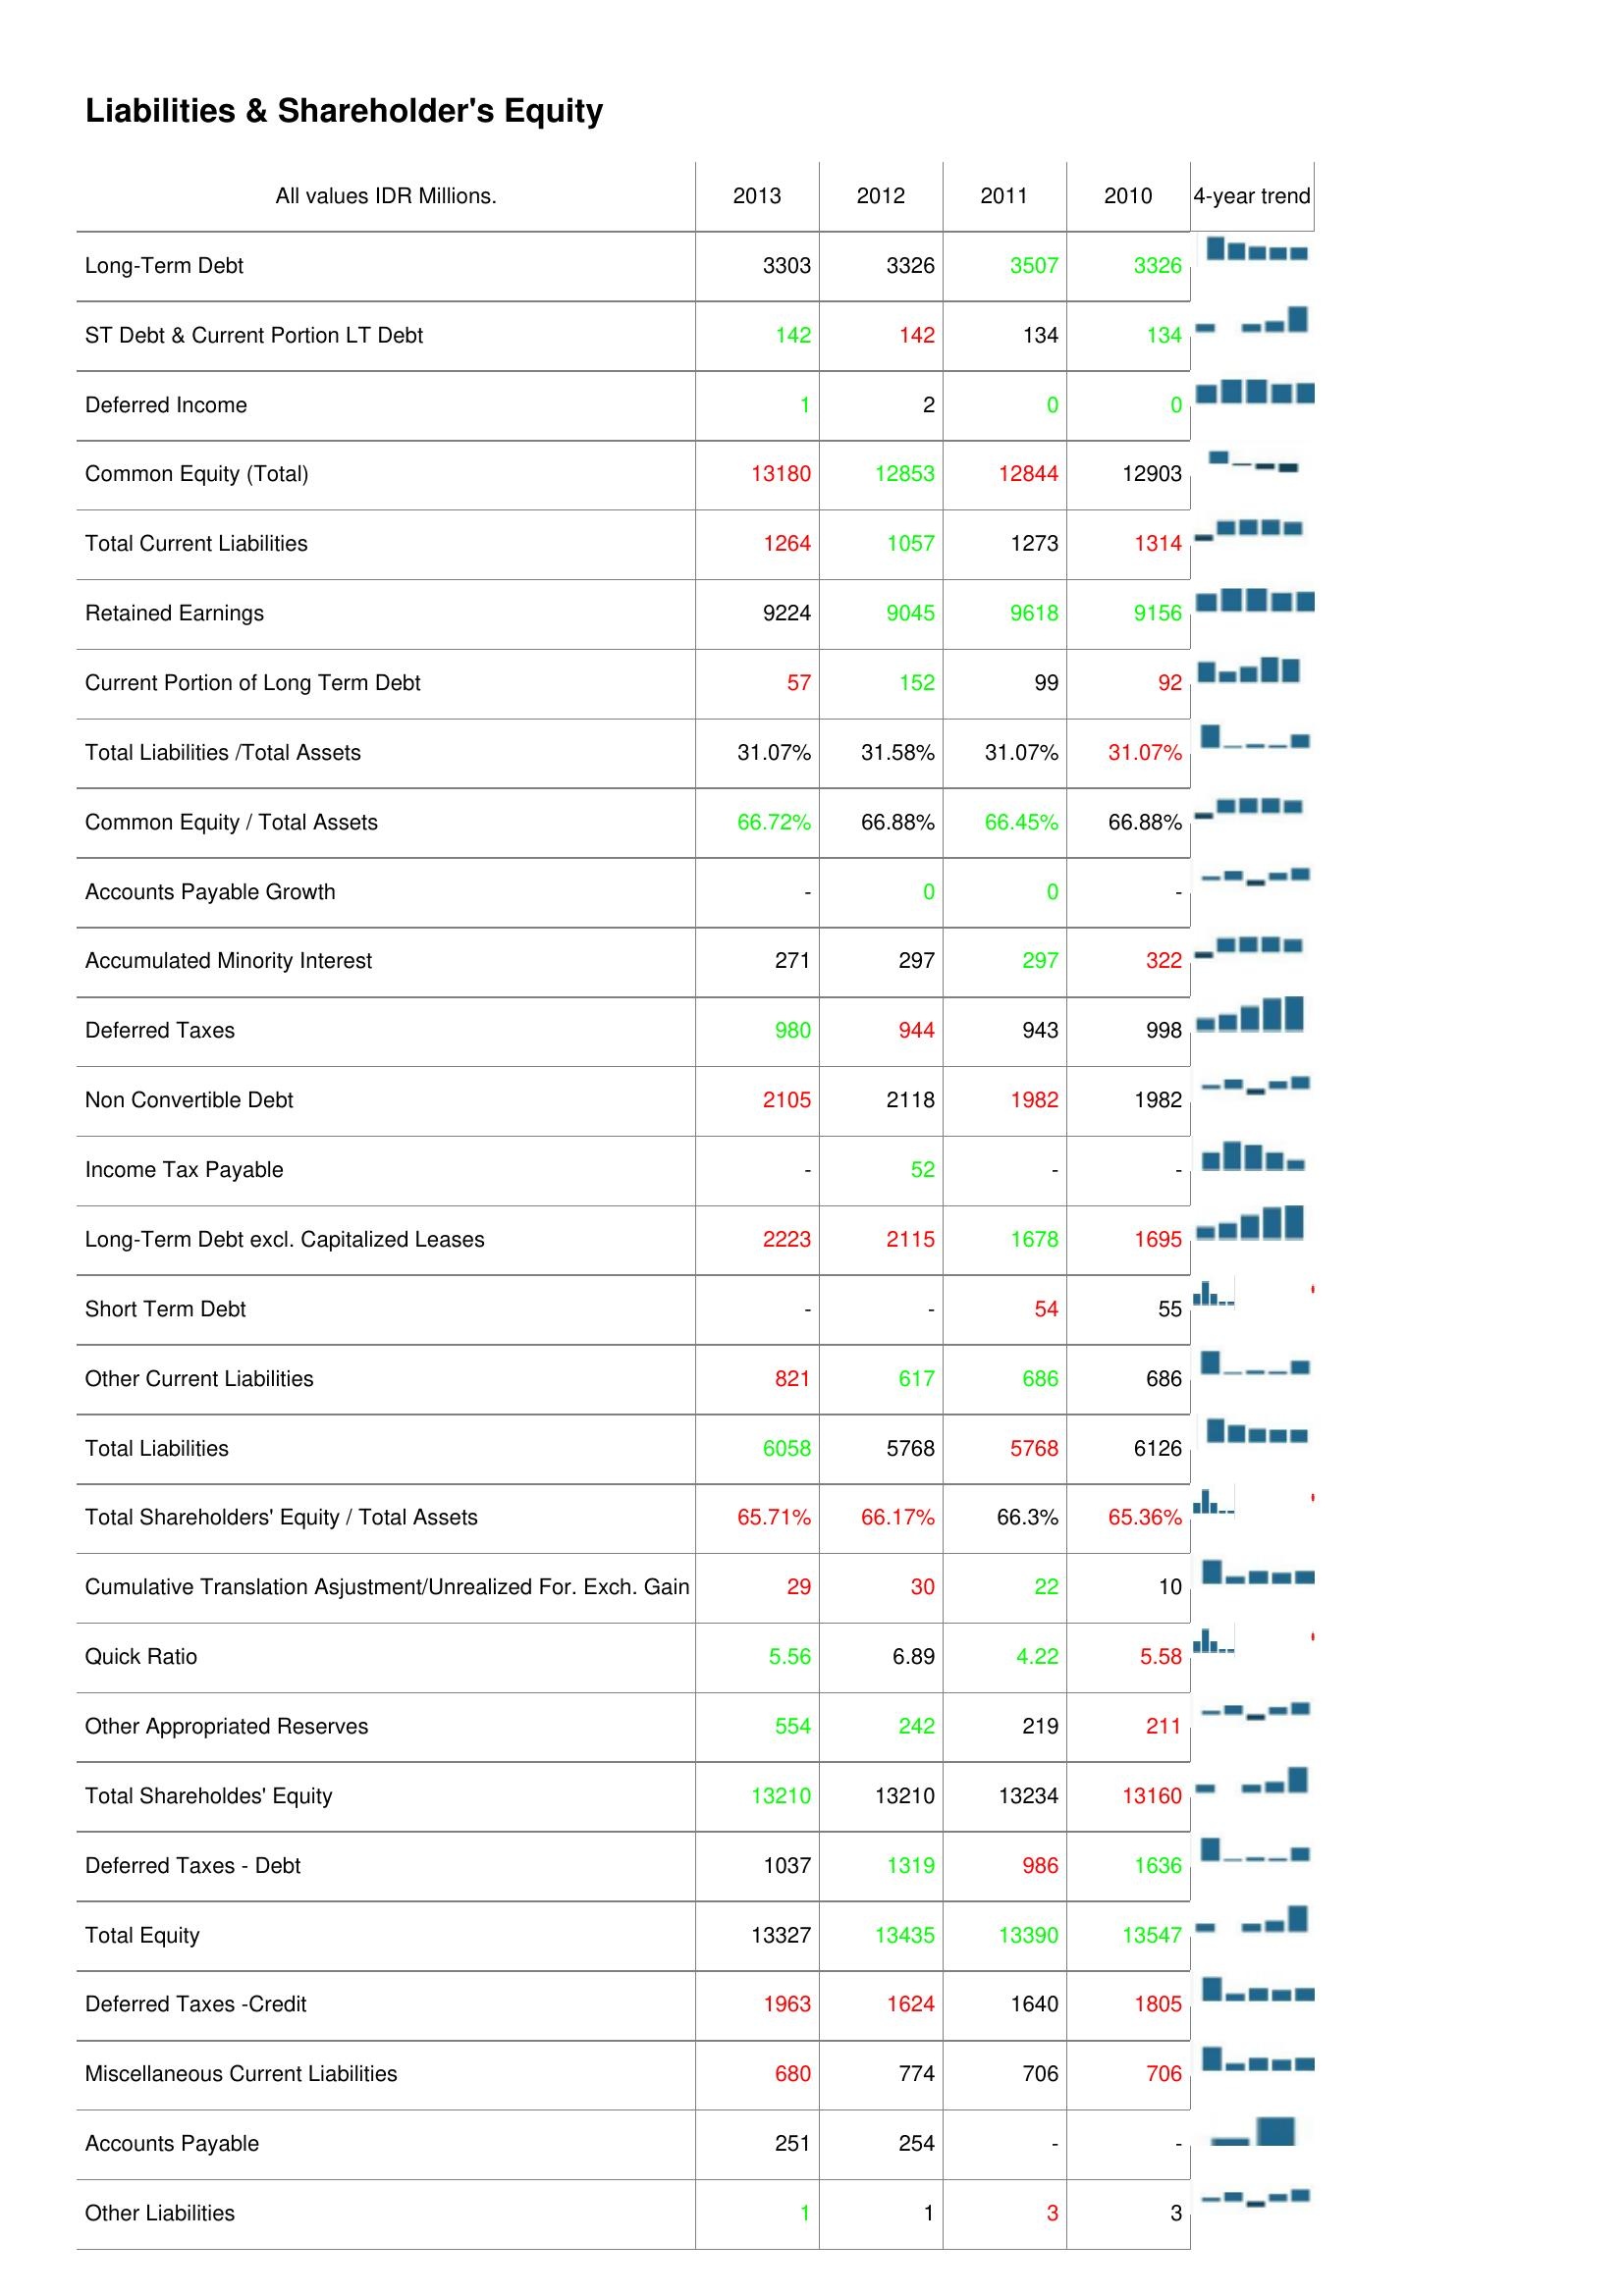
2013: Liabilities & Shareholder's Equity: Long-Term Debt: 3303
ST Debt & Current Portion LT Debt: 142
Deferred Income: 1
Common Equity (Total): 13180
Total Current Liabilities: 1264
Retained Earnings: 9224
Current Portion of Long Term Debt: 57
Total Liabilities /Total Assets: 31.07%
Common Equity / Total Assets: 66.72%
Accounts Payable Growth: -
Accumulated Minority Interest: 271
Deferred Taxes: 980
Non Convertible Debt: 2105
Income Tax Payable: -
Long-Term Debt excl. Capitalized Leases: 2223
Short Term Debt: -
Other Current Liabilities: 821
Total Liabilities: 6058
Total Shareholders' Equity / Total Assets: 65.71%
Cumulative Translation Asjustment/Unrealized For. Exch. Gain: 29
Quick Ratio: 5.56
Other Appropriated Reserves: 554
Total Shareholdes' Equity: 13210
Deferred Taxes - Debt: 1037
Total Equity: 13327
Deferred Taxes -Credit: 1963
Miscellaneous Current Liabilities: 680
Accounts Payable: 251
Other Liabilities: 1
2012: Liabilities & Shareholder's Equity: Long-Term Debt: 3326
ST Debt & Current Portion LT Debt: 142
Deferred Income: 2
Common Equity (Total): 12853
Total Current Liabilities: 1057
Retained Earnings: 9045
Current Portion of Long Term Debt: 152
Total Liabilities /Total Assets: 31.58%
Common Equity / Total Assets: 66.88%
Accounts Payable Growth: 0
Accumulated Minority Interest: 297
Deferred Taxes: 944
Non Convertible Debt: 2118
Income Tax Payable: 52
Long-Term Debt excl. Capitalized Leases: 2115
Short Term Debt: -
Other Current Liabilities: 617
Total Liabilities: 5768
Total Shareholders' Equity / Total Assets: 66.17%
Cumulative Translation Asjustment/Unrealized For. Exch. Gain: 30
Quick Ratio: 6.89
Other Appropriated Reserves: 242
Total Shareholdes' Equity: 13210
Deferred Taxes - Debt: 1319
Total Equity: 13435
Deferred Taxes -Credit: 1624
Miscellaneous Current Liabilities: 774
Accounts Payable: 254
Other Liabilities: 1
2011: Liabilities & Shareholder's Equity: Long-Term Debt: 3507
ST Debt & Current Portion LT Debt: 134
Deferred Income: 0
Common Equity (Total): 12844
Total Current Liabilities: 1273
Retained Earnings: 9618
Current Portion of Long Term Debt: 99
Total Liabilities /Total Assets: 31.07%
Common Equity / Total Assets: 66.45%
Accounts Payable Growth: 0
Accumulated Minority Interest: 297
Deferred Taxes: 943
Non Convertible Debt: 1982
Income Tax Payable: -
Long-Term Debt excl. Capitalized Leases: 1678
Short Term Debt: 54
Other Current Liabilities: 686
Total Liabilities: 5768
Total Shareholders' Equity / Total Assets: 66.3%
Cumulative Translation Asjustment/Unrealized For. Exch. Gain: 22
Quick Ratio: 4.22
Other Appropriated Reserves: 219
Total Shareholdes' Equity: 13234
Deferred Taxes - Debt: 986
Total Equity: 13390
Deferred Taxes -Credit: 1640
Miscellaneous Current Liabilities: 706
Accounts Payable: -
Other Liabilities: 3
2010: Liabilities & Shareholder's Equity: Long-Term Debt: 3326
ST Debt & Current Portion LT Debt: 134
Deferred Income: 0
Common Equity (Total): 12903
Total Current Liabilities: 1314
Retained Earnings: 9156
Current Portion of Long Term Debt: 92
Total Liabilities /Total Assets: 31.07%
Common Equity / Total Assets: 66.88%
Accounts Payable Growth: -
Accumulated Minority Interest: 322
Deferred Taxes: 998
Non Convertible Debt: 1982
Income Tax Payable: -
Long-Term Debt excl. Capitalized Leases: 1695
Short Term Debt: 55
Other Current Liabilities: 686
Total Liabilities: 6126
Total Shareholders' Equity / Total Assets: 65.36%
Cumulative Translation Asjustment/Unrealized For. Exch. Gain: 10
Quick Ratio: 5.58
Other Appropriated Reserves: 211
Total Shareholdes' Equity: 13160
Deferred Taxes - Debt: 1636
Total Equity: 13547
Deferred Taxes -Credit: 1805
Miscellaneous Current Liabilities: 706
Accounts Payable: -
Other Liabilities: 3